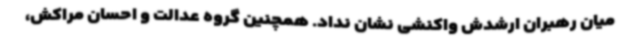
میان رهبران ارشدش واکنشی نشان نداد. همچنین گروه عدالت و احسان مراکش،